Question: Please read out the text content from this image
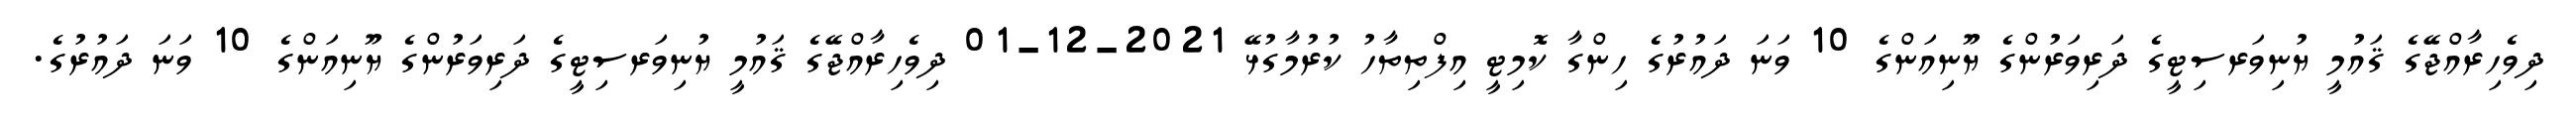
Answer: ދިވެހިރާއްޖޭގެ ޤައުމީ ޔުނިވަރސިޓީގެ ދަރިވަރުންގެ ޔޫނިއަންގެ 10 ވަނަ ދައުރުގެ ހިންގާ ކޮމިޓީ އިފްތިތާހު ކުރުމާގުޅޭ 2021-12-01 ދިވެހިރާއްޖޭގެ ޤައުމީ ޔުނިވަރސިޓީގެ ދަރިވަރުންގެ ޔޫނިއަންގެ 10 ވަނަ ދައުރުގެ.